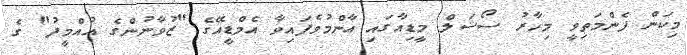
މިކަން ފެންމަތިވީ މިހާރު ސޯޝަލް މީޑިއާގައި އާންމުވެފައިވާ އެމްޑީއޭގެ "ޒުވާނުންގެ އުއްމީދު" ގެ